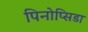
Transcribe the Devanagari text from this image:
पिनोप्सिडा